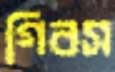
গিবস